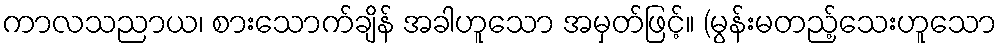
ကာလသညာယ၊ စားသောက်ချိန် အခါဟူသော အမှတ်ဖြင့်။ (မွန်းမတည့်သေးဟူသော